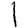
Character: l